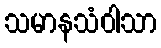
သမာနသံဝါသာ